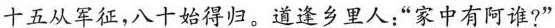
十五从军征，八十始得归。道逢乡里人：”家中有阿谁?”